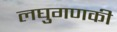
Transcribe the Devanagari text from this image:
लघुगणकी